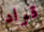
قواد